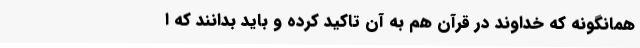
همانگونه که خداوند در قرآن هم به آن تاکید کرده و باید بدانند که ا